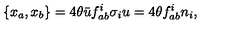
\{ x _ { a } , x _ { b } \} = 4 \theta { \bar { u } } f _ { a b } ^ { i } \sigma _ { i } u = 4 \theta f _ { a b } ^ { i } n _ { i } ,